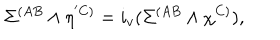
LaTeX: \Sigma ^ { ( A B } \wedge \eta ^ { ' C ) } = i _ { v } ( \Sigma ^ { ( A B } \wedge \chi ^ { C ) } ) ,